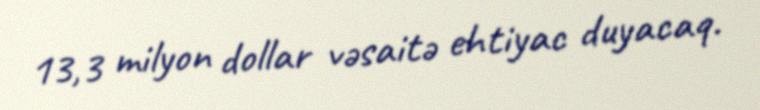
13,3 milyon dollar vəsaitə ehtiyac duyacaq.